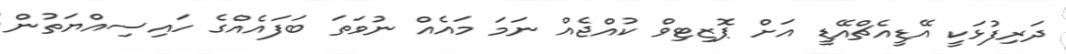
ދަރިފުޅަކީ އޭޑީއެޗްއޭޑީ އަށް ޕޮޒިޓިވް ކުއްޖެއް ނަމަ މައެއް ނުވަތަ ބަފައެއްގެ ހައިސިއްޔަތުން